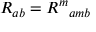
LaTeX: R _ { a b } = { R ^ { m } } _ { a m b }